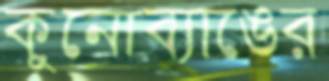
কুনোব্যাঙের